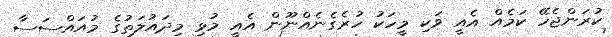
ކުރަންޖެހޭ ކަމެއް އެއީ ވަކި މީހަކު ހުރެގެނެއްނޫން އެއީ މުޅި މިދައުލަތުގެ މުއައްސަސާ